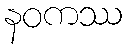
နဝကဿ